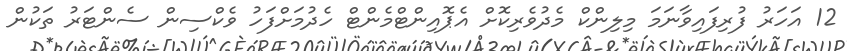
12 އަހަރު ފުރިފައިވާނަމަ މިލިންކް މެދުވެރިކޮށް އެޕޮއިންޓްމެންޓް ހެދުމަށްފަހު ވެކްސިން ސެންޓަރު ތަކުން